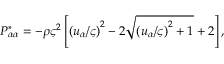
P _ { \alpha \alpha } ^ { * } = - \rho \varsigma ^ { 2 } \left[ { ( u _ { \alpha } / \varsigma ) } ^ { 2 } - 2 \sqrt { { ( u _ { \alpha } / \varsigma ) } ^ { 2 } + 1 } + 2 \right] ,